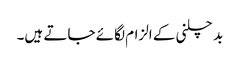
بد چلنی کے الزام لگائے جاتے ہیں۔